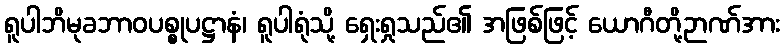
ရူပါဘိမုခဘာဝပစ္စုပဋ္ဌာနံ၊ ရူပါရုံသို့ ရှေးရှုသည်၏ အဖြစ်ဖြင့် ယောဂီတို့ဉာဏ်အား